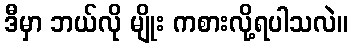
ဒီမှာ ဘယ်လို မျိုး ကစားလို့ရပါသလဲ။